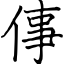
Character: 倳